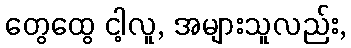
တွေထွေ ငါ့လူ, အများသူလည်း,